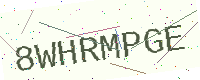
Text: 8WHRMPGE